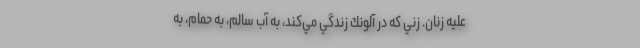
عليه زنان. زني كه در آلونك زندگي مي‌كند، به آب سالم، به حمام، به